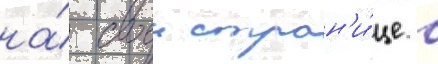
на́ своеи стран'и́це в